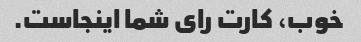
خوب، کارت رای شما اینجاست.